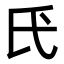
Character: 𫞕